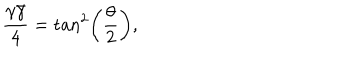
LaTeX: \frac { \gamma \bar { \gamma } } { 4 } = \tan ^ { 2 } \left( \frac { \theta } { 2 } \right) ,